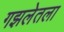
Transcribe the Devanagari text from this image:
गझलेतला